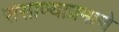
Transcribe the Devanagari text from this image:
ससाण्याप्रमाणे